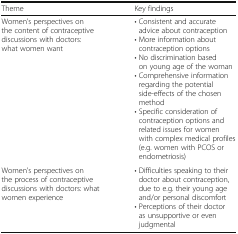
<table><thead><tr><td><b>Theme</b></td><td><b>Key findings</b></td></tr></thead><tbody><tr><td>Women’s perspectives on the content of contraceptive discussions with doctors: what women want</td><td>• Consistent and accurate advice about contraception• More information about contraception options• No discrimination based on young age of the woman• Comprehensive information regarding the potential side-effects of the chosen method• Specific consideration of contraception options and related issues for women with complex medical profiles (e.g. women with PCOS or endometriosis)</td></tr><tr><td>Women’s perspectives on the process of contraceptive discussions with doctors: what women experience</td><td>• Difficulties speaking to their doctor about contraception, due to e.g. their young age and/or personal discomfort• Perceptions of their doctor as unsupportive or even judgmental</td></tr></tbody></table>